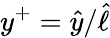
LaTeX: y^{+}=\widehat{y}/\widehat{\ell}